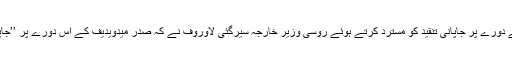
روسی صدر کے کوناشیر کے دورے پر جاپانی تنقید کو مسترد کرتے ہوئے روسی وزیر خارجہ سیرگئی لاوروف نے کہ صدر میدویدیف کے اس دورے پر ’’جاپانی ردعمل ناقابل قبول‘‘ ہے۔